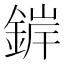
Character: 錌